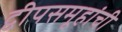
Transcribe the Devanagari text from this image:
द्वीपसमूहांची